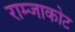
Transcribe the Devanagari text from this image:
राम्जाकोट